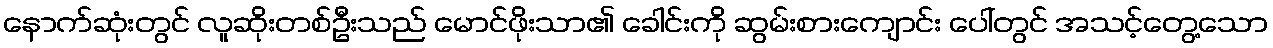
နောက်ဆုံးတွင် လူဆိုးတစ်ဦးသည် မောင်ဖိုးသာ၏ ခေါင်းကို ဆွမ်းစားကျောင်း ပေါ်တွင် အသင့်တွေ့သော